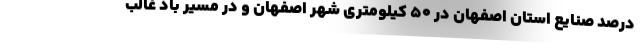
درصد صنایع استان اصفهان در ۵۰ کیلومتری شهر اصفهان و در مسیر باد غالب